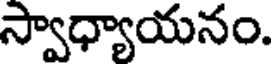
స్వాధ్యాయనం.